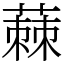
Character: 蕀